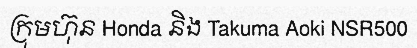
ក្រុមហ៊ុន Honda និង Takuma Aoki NSR500